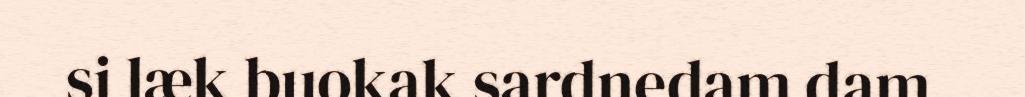
si læk buokak sardnedam dam